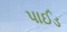
પાઈડ